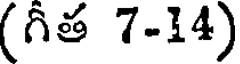
(గీత 7-14)